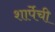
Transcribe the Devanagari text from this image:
शार्पेची